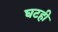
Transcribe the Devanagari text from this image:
घटही